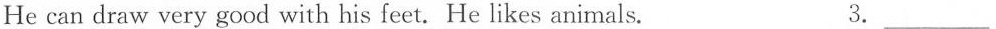
He can draw very good with his feet.He likes animals. 3. ___